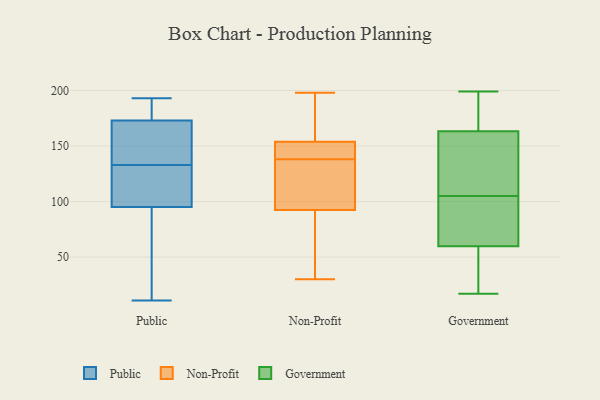
{"axis": {"x": "Inventory Turnover", "y": "Value"}, "legend": ["Government", "Non-Profit", "Public"], "data": [{"x": "", "y": 91, "type": "Public"}, {"x": "", "y": 174, "type": "Public"}, {"x": "", "y": 107, "type": "Public"}, {"x": "", "y": 181, "type": "Public"}, {"x": "", "y": 103, "type": "Public"}, {"x": "", "y": 31, "type": "Public"}, {"x": "", "y": 104, "type": "Public"}, {"x": "", "y": 170, "type": "Public"}, {"x": "", "y": 181, "type": "Public"}, {"x": "", "y": 175, "type": "Public"}, {"x": "", "y": 11, "type": "Public"}, {"x": "", "y": 193, "type": "Public"}, {"x": "", "y": 148, "type": "Public"}, {"x": "", "y": 152, "type": "Public"}, {"x": "", "y": 98, "type": "Public"}, {"x": "", "y": 133, "type": "Public"}, {"x": "", "y": 161, "type": "Public"}, {"x": "", "y": 94, "type": "Public"}, {"x": "", "y": 41, "type": "Public"}, {"x": "", "y": 138, "type": "Non-Profit"}, {"x": "", "y": 141, "type": "Non-Profit"}, {"x": "", "y": 164, "type": "Non-Profit"}, {"x": "", "y": 198, "type": "Non-Profit"}, {"x": "", "y": 140, "type": "Non-Profit"}, {"x": "", "y": 158, "type": "Non-Profit"}, {"x": "", "y": 88, "type": "Non-Profit"}, {"x": "", "y": 82, "type": "Non-Profit"}, {"x": "", "y": 136, "type": "Non-Profit"}, {"x": "", "y": 106, "type": "Non-Profit"}, {"x": "", "y": 30, "type": "Non-Profit"}, {"x": "", "y": 199, "type": "Government"}, {"x": "", "y": 65, "type": "Government"}, {"x": "", "y": 105, "type": "Government"}, {"x": "", "y": 191, "type": "Government"}, {"x": "", "y": 164, "type": "Government"}, {"x": "", "y": 69, "type": "Government"}, {"x": "", "y": 124, "type": "Government"}, {"x": "", "y": 196, "type": "Government"}, {"x": "", "y": 163, "type": "Government"}, {"x": "", "y": 151, "type": "Government"}, {"x": "", "y": 67, "type": "Government"}, {"x": "", "y": 155, "type": "Government"}, {"x": "", "y": 85, "type": "Government"}, {"x": "", "y": 32, "type": "Government"}, {"x": "", "y": 17, "type": "Government"}, {"x": "", "y": 44, "type": "Government"}, {"x": "", "y": 38, "type": "Government"}]}